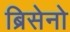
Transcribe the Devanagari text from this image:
ब्रिसेनो